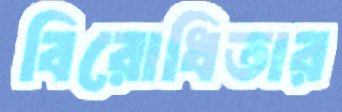
বিরোধিতার